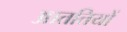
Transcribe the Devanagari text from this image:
आततियों